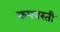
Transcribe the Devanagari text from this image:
कपवरती